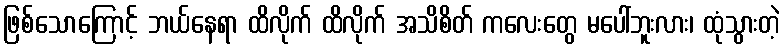
ဖြစ်သောကြောင့် ဘယ်နေရာ ထိလိုက် ထိလိုက် အသိစိတ် ကလေးတွေ မပေါ်ဘူးလား၊ ထုံသွားတဲ့